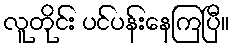
လူတိုင်း ပင်ပန်းနေကြပြီ။